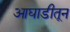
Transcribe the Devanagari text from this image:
आघाडीतून